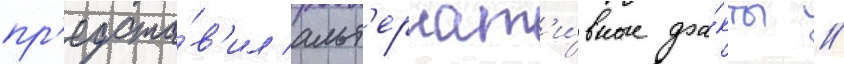
пр'едста́в'ил альт'ернат'и́вные фа́кты //